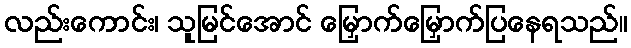
လည်းကောင်း၊ သူမြင်အောင် မြှောက်မြှောက်ပြနေရသည်။